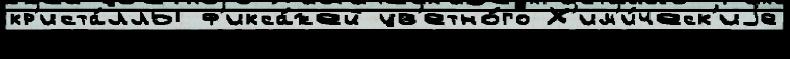
кр'иста́ллы ф'икса́жей цв'етно́го Х'им'и́ческ'иjе